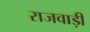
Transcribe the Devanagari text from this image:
राजवाड़ी